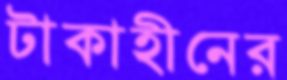
টাকাহীনের